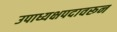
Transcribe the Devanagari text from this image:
उपाध्यक्षपदावरून